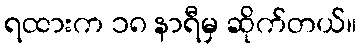
ရထားက ၁၈ နာရီမှ ဆိုက်တယ်။